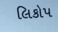
લિકોપ